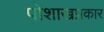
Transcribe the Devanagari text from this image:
पोशाखप्रकार